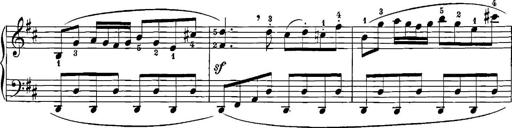
Title: 12 Sonatinas
Composer: Ignaz Pleyel